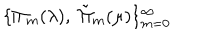
\{ \Pi _ { m } ( \lambda ) , \; \tilde { \Pi } _ { m } ( \mu ) \} _ { m = 0 } ^ { \infty }